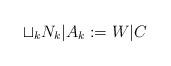
LaTeX: \begin{align*}\sqcup_k N_k|A_k:=W|C\end{align*}